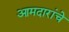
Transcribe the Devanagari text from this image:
आमदारांचे